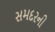
સમદરની